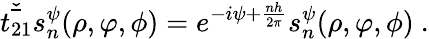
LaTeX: \check{\bar{t_{21}}}s_{n}^{\psi}(\rho,\varphi,\phi)=e^{-i\psi+\frac{nh}{2\pi}}s_{n}^{\psi}(\rho,\varphi,\phi)~.